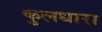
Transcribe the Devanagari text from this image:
कुलधारा